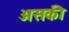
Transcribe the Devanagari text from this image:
असकी